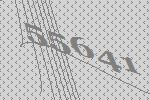
55641